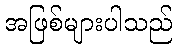
အဖြစ်များပါသည်